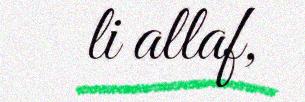
li allaf,